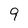
Character: 9